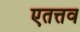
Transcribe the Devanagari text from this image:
एतत्तव